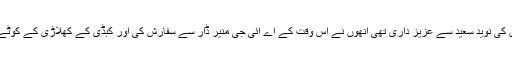
میجرمحمد اکرم لاہورپولیس کے اس وقت سربراہ تھے جن کی نوید سعید سے عزیز داری تھی انھوں نے اس وقت کے اے آئی جی منیر ڈار سے سفارش کی اور کبڈی کے کھلاڑی کے کوٹے پر نوید سعید کو 1984میں اے ایس آئی بھرتی کروا دیا۔